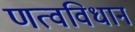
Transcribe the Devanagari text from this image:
णत्वविधान